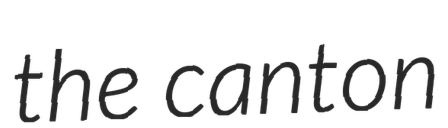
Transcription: the canton